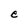
Character: e